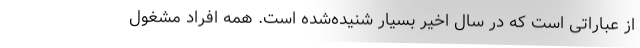
از عباراتی است که در سال اخیر بسیار شنیده‌شده است. همه افراد مشغول